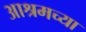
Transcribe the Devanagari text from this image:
आश्रमच्या